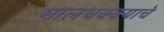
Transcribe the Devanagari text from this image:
मालधक्क्याचे